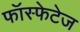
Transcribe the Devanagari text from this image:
फॉस्फेटेज